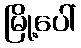
မြို့ပေါ်